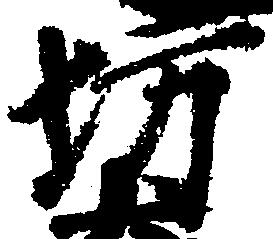
坊